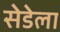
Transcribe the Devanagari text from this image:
सेडेला